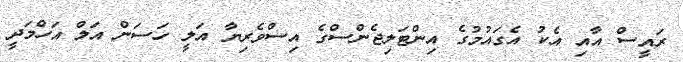
ރައީސް އާއި އެކު އެގައުމުގެ އިންޓަލިޖެންސްގެ އިސްވެރިޔާ އަލީ ހަސަން އަލް އަހްމަދީ